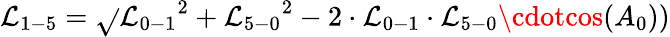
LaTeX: {\mathcal{L}_{1-5}}=\sqrt{}{{{\mathcal{L}_{0-1}}^{2}+{\mathcal{L}_{5-0}}^{2}-2\cdot{\mathcal{L}_{0-1}}\cdot{\mathcal{L}_{5-0}}\cdotcos({A_{0}}))}}